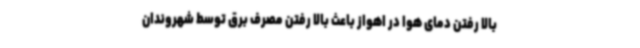
بالا رفتن دمای هوا در اهواز باعث بالا رفتن مصرف برق توسط شهروندان